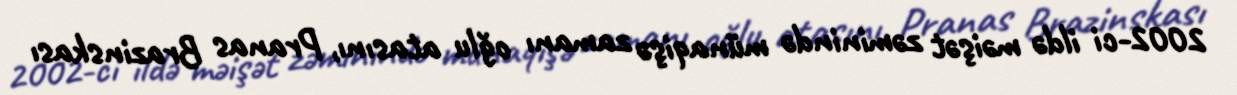
2002-ci ildə məişət zəminində münaqişə zamanı oğlu atasını, Pranas Brazinskası